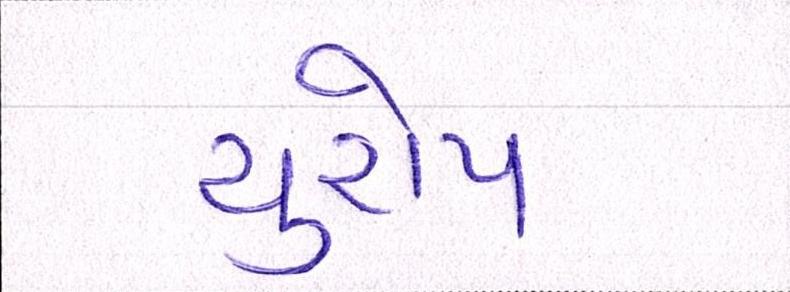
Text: યુરોપ